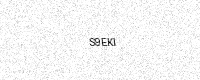
Text: S9EKI